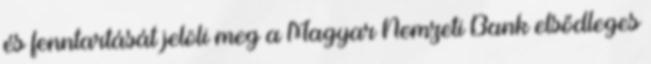
és fenntartását jelöli meg a Magyar Nemzeti Bank elsődleges